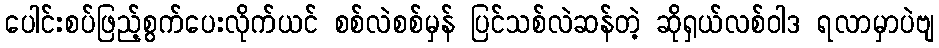
ပေါင်းစပ်ဖြည့်စွက်ပေးလိုက်ယင် စစ်လဲစစ်မှန် ပြင်သစ်လဲဆန်တဲ့ ဆိုရှယ်လစ်ဝါဒ ရလာမှာပဲဗျ